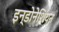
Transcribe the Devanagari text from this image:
इन्डोनेशियन